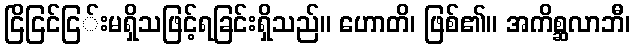
ငြိငြင်ငြ်းမရှိသဖြင့်ရခြင်းရှိသည်။ ဟောတိ၊ ဖြစ်၏။ အကိစ္ဆလာဘီ၊